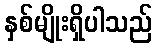
နှစ်မျိုးရှိပါသည်